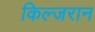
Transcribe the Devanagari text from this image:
किल्जरान